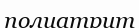
полиатрит